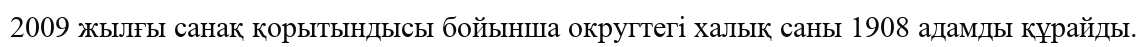
2009 жылғы санақ қорытындысы бойынша округтегі халық саны 1908 адамды құрайды.